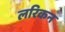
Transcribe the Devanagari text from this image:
लरिकन